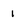
Character: 1